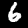
Label: 6